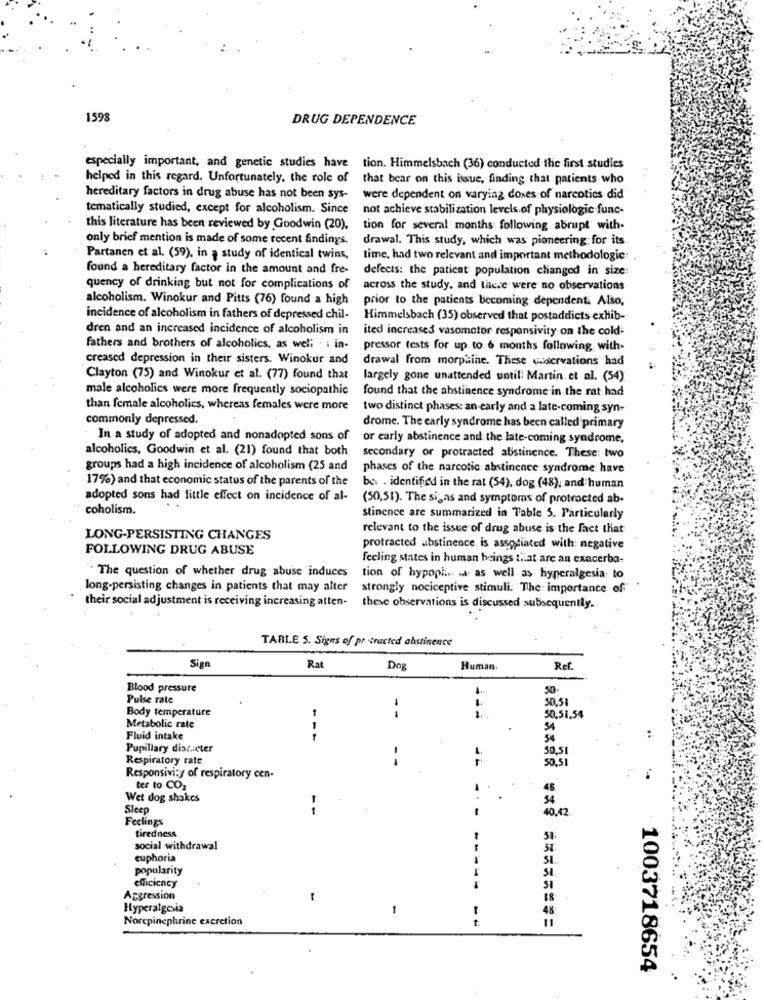
1593
DRUG DEPENDENCE
especially important, and genetic studies have tion. Himmelsbach (36) conducted the first studies
helped in this regard. Unfortunately, the role of
that bear on this issue, finding that patients who
hereditary factors in drug abuse has not been sys-
were dependent on varying doses of narcotics did
tematically studied, except for alcoholism. Since
not achieve stabilization levels of physiologic func-
this literature has been reviewed by Goodwin (20), tion for several months following abrupt with.
only brief mention is made of some recent andings.
drawal. This study, which was pioneering for its
Partanen et al. (59), in a study of identical twins,
time, had two relevant and important methodologie:
found a hereditary factor in the amount and fre-
defects: the patient population changed in size
quency of drinking but not for complications of
across the study, and there were no observations
alcoholism. Winokur and Pitts (76) found a high
prior to the patients becoming dependent. Also,
incidence of alcoholism in fathers of depressed chil-
Himmelsbach (35) observed that postaddicts exhib-
dren and an increased incidence of alcoholism in
ited increases vasomotor responsivity on the cold-
fathers and brothers of alcoholics, as well . . in-
pressor tests for up to 6 months following with.
creased depression in their sisters. Winokur and
drawal from morphine. These waservations had
Clayton (75) and Winokur et al. (77) found that
largely gone unattended until: Martin. et al. (54)
male alcoholics were more frequently sociopathic
found that the abstinence syndrome in the rat had
than female alcoholics, whereas females were more
two distinct phases: an early and a late-coming syn-
commonly depressed.
drome. The early syndrome has been called primary
In a study of adopted and nonadopted sons of
or early abstinence and the late-coming syndrome,
alcoholics, Goodwin et al. (21) found that both
secondary or protracted abstinence. These: two
groups had a high incidence of alcoholism (25 and
phases of the narcotic abstinence syndrome: have
17%) and that economic status of the parents of the
ber . identified in the rat (54), dog (48), and human
adopted sons had little effect on incidence of al-
(50,51). The signs and symptoms of protracted ab.
coholism.
. .
stinence are summarized in Table 5. Particularly
relevant to the issue of drug abuse is the fact that
LONG-PERSISTING CHANGES
FOLLOWING DRUG ABUSE
protracted abstinence, is associated with: negative
feeling states in human beings tiat are an exacerba-
. The question of whether drug abuse induces
tion of hypopi ... .... as well as hyperalgesia: to
long-persisting changes in patients that may alter
strongly nociceptive stimuli. The importance of
their social adjustment is receiving increasing atten-
these observations is discussed subsequently ..
TABLE S. Signs of pr tracted abstinence
Sign
Rat
Dog
Human.
Ref
Blood pressure
50.
Pulse rate
50,51
Body temperature
--
50,51,54
Metabolic rate
54
Fluid intake
---
54
Pupillary discseter
50,5
Respiratory rate
--
50,51
Responsivi:y of respiratory cen-
ter to CO2
48
Wet dog shakes
54
Sleep
--
40.42
Feelings
tiredness
51:
social withdrawal
euphoria
S1
popularity
efficiency
51
Aggression
-
Hyperalgesia
-
48
Norepinephrine excretion
t.
1003718654